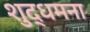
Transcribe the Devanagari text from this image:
शुद्धमना